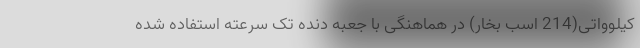
کیلوواتی(214 اسب بخار) در هماهنگی با جعبه دنده تک سرعته استفاده شده